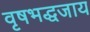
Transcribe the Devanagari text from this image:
वृषभद्धजाय